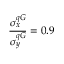
\frac { \sigma _ { x } ^ { q G } } { \sigma _ { y } ^ { q G } } = 0 . 9